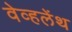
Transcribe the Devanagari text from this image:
वेव्हलेंथ